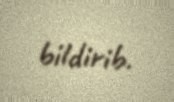
bildirib.